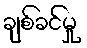
ချစ်ခင်မှု